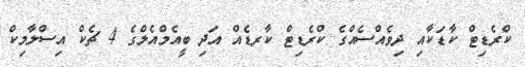
ކްރެޑިޓް ކާޑަކާއި ދިވެއްސެއްގެ ކްރެޑިޓް ކާރޑެއް އަދި ބީއެމްއެލްގެ 4 ޗެކް އިސްލާމިކް